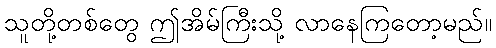
သူတို့တစ်တွေ ဤအိမ်ကြီးသို့ လာနေကြတော့မည်။